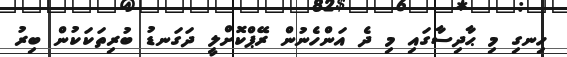
ހިނގި މި ޙާދިސާގައި މި ދެ އަންހެނުން ރޭޕްކޮށްލީ ދަގަނޑު ބުރިތަކަކުން ބިރު